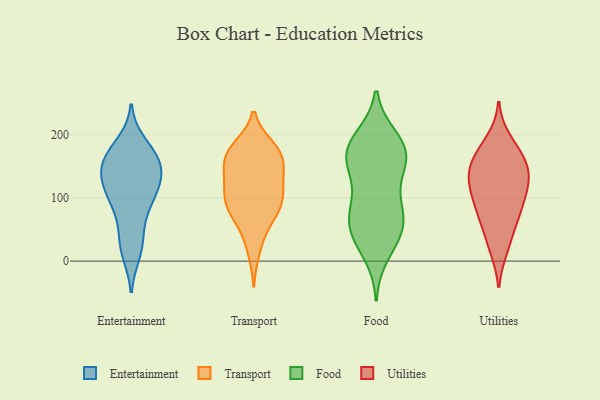
{"axis": {"x": "Tickets Resolved", "y": "Value"}, "legend": ["Entertainment", "Food", "Transport", "Utilities"], "data": [{"x": "", "y": 167, "type": "Entertainment"}, {"x": "", "y": 70, "type": "Entertainment"}, {"x": "", "y": 13, "type": "Entertainment"}, {"x": "", "y": 186, "type": "Entertainment"}, {"x": "", "y": 153, "type": "Entertainment"}, {"x": "", "y": 143, "type": "Entertainment"}, {"x": "", "y": 22, "type": "Entertainment"}, {"x": "", "y": 108, "type": "Entertainment"}, {"x": "", "y": 169, "type": "Entertainment"}, {"x": "", "y": 96, "type": "Entertainment"}, {"x": "", "y": 36, "type": "Entertainment"}, {"x": "", "y": 122, "type": "Entertainment"}, {"x": "", "y": 121, "type": "Entertainment"}, {"x": "", "y": 129, "type": "Entertainment"}, {"x": "", "y": 92, "type": "Entertainment"}, {"x": "", "y": 150, "type": "Entertainment"}, {"x": "", "y": 165, "type": "Entertainment"}, {"x": "", "y": 45, "type": "Transport"}, {"x": "", "y": 171, "type": "Transport"}, {"x": "", "y": 179, "type": "Transport"}, {"x": "", "y": 172, "type": "Transport"}, {"x": "", "y": 83, "type": "Transport"}, {"x": "", "y": 94, "type": "Transport"}, {"x": "", "y": 157, "type": "Transport"}, {"x": "", "y": 86, "type": "Transport"}, {"x": "", "y": 165, "type": "Transport"}, {"x": "", "y": 122, "type": "Transport"}, {"x": "", "y": 104, "type": "Transport"}, {"x": "", "y": 180, "type": "Transport"}, {"x": "", "y": 79, "type": "Transport"}, {"x": "", "y": 122, "type": "Transport"}, {"x": "", "y": 141, "type": "Transport"}, {"x": "", "y": 150, "type": "Transport"}, {"x": "", "y": 115, "type": "Transport"}, {"x": "", "y": 16, "type": "Transport"}, {"x": "", "y": 73, "type": "Transport"}, {"x": "", "y": 60, "type": "Food"}, {"x": "", "y": 46, "type": "Food"}, {"x": "", "y": 164, "type": "Food"}, {"x": "", "y": 147, "type": "Food"}, {"x": "", "y": 182, "type": "Food"}, {"x": "", "y": 195, "type": "Food"}, {"x": "", "y": 71, "type": "Food"}, {"x": "", "y": 196, "type": "Food"}, {"x": "", "y": 37, "type": "Food"}, {"x": "", "y": 155, "type": "Food"}, {"x": "", "y": 69, "type": "Food"}, {"x": "", "y": 168, "type": "Food"}, {"x": "", "y": 10, "type": "Food"}, {"x": "", "y": 178, "type": "Food"}, {"x": "", "y": 116, "type": "Food"}, {"x": "", "y": 91, "type": "Food"}, {"x": "", "y": 157, "type": "Food"}, {"x": "", "y": 80, "type": "Food"}, {"x": "", "y": 37, "type": "Food"}, {"x": "", "y": 172, "type": "Utilities"}, {"x": "", "y": 94, "type": "Utilities"}, {"x": "", "y": 76, "type": "Utilities"}, {"x": "", "y": 149, "type": "Utilities"}, {"x": "", "y": 152, "type": "Utilities"}, {"x": "", "y": 73, "type": "Utilities"}, {"x": "", "y": 182, "type": "Utilities"}, {"x": "", "y": 160, "type": "Utilities"}, {"x": "", "y": 109, "type": "Utilities"}, {"x": "", "y": 18, "type": "Utilities"}, {"x": "", "y": 139, "type": "Utilities"}, {"x": "", "y": 23, "type": "Utilities"}, {"x": "", "y": 120, "type": "Utilities"}, {"x": "", "y": 51, "type": "Utilities"}, {"x": "", "y": 127, "type": "Utilities"}, {"x": "", "y": 147, "type": "Utilities"}, {"x": "", "y": 193, "type": "Utilities"}, {"x": "", "y": 123, "type": "Utilities"}, {"x": "", "y": 101, "type": "Utilities"}, {"x": "", "y": 68, "type": "Utilities"}]}